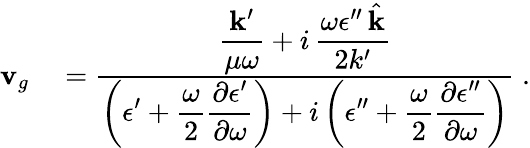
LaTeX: \begin{array}{rl}{{\mathbf v}_{g}}&{{}=\frac{\displaystyle\frac{{\mathbf k}^{\prime}}{\mu\omega}+i\, \frac{\omega\epsilon^{\prime\prime}\, \hat{{\mathbf k}}}{2k^{\prime}}}{\displaystyle\left(\epsilon^{\prime}+\frac{\omega}{2}\frac{\partial\epsilon^{\prime}}{\partial\omega}\right)+i\left(\epsilon^{\prime\prime}+\frac{\omega}{2}\frac{\partial\epsilon^{\prime\prime}}{\partial\omega}\right)}\; .}\end{array}